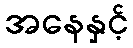
အနေနှင့်